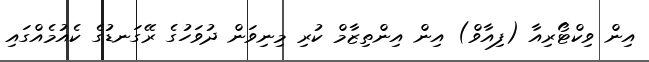
އިން ވިކްޓޯރިއާ (ފިއާވް) އިން އިންތިޒާމް ކުރި މިނިވަން ދުވަހުގެ ރޭގަނޑުގެ ކެއުމެއްގައި